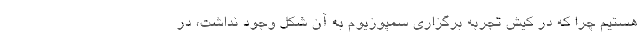
هستیم چرا که در کیش تجربه برگزاری سمپوزیوم به آن شکل وجود نداشت، در